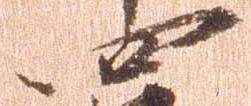
四